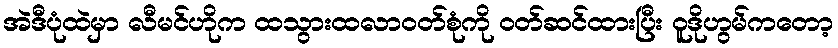
အဲဒီပုံထဲမှာ လီမင်ဟိုက ထသွားထလာဝတ်စုံကို ဝတ်ဆင်ထားပြီး ဝူဒိုဟွမ်ကတော့